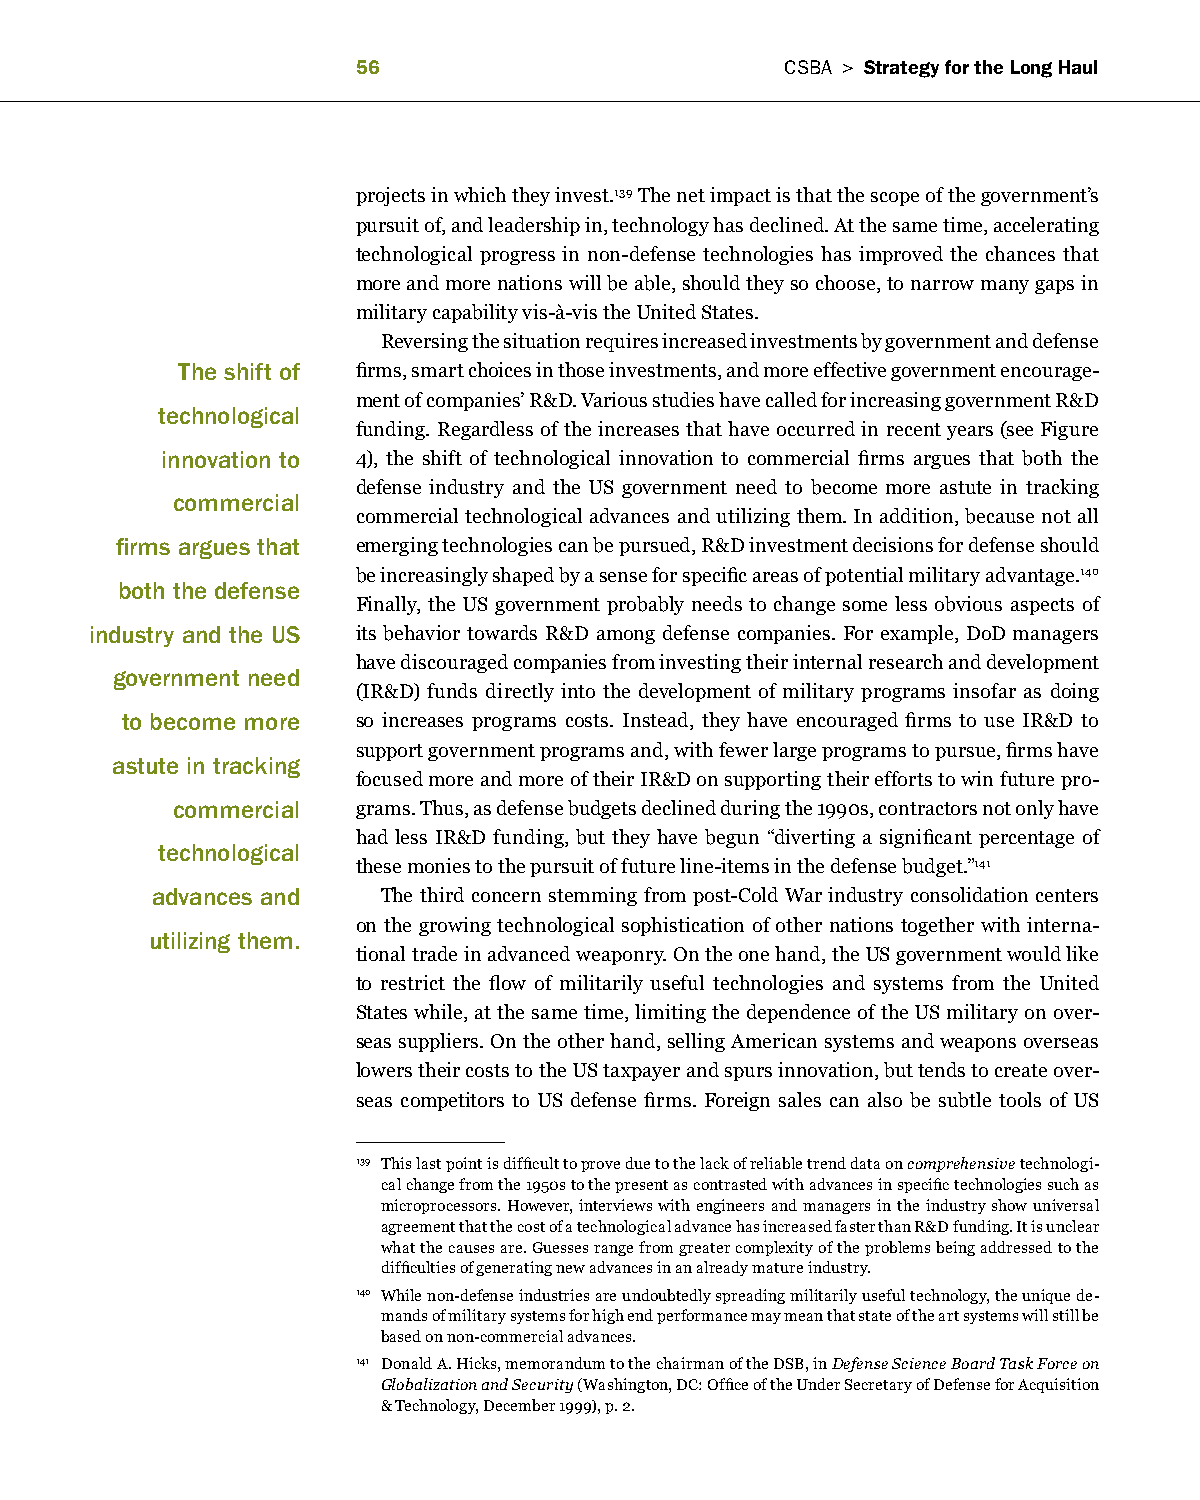
                          CSBa > Strategy for the long haul
 projects in which they invest.139 The net impact is that the scope of the government’s
 pursuit of, and leadership in, technology has declined. At the same time, accelerating
 technological progress in non-defense technologies has improved the chances that
 more and more nations will be able, should they so choose, to narrow many gaps in
 military capability vis-à-vis the United States.
 Reversing the situation requires increased investments by government and defense
 The shift of firms, smart choices in those investments, and more effective government encourage-
 ment of companies’ R&D. Various studies have called for increasing government R&D
 technological
 funding. Regardless of the increases that have occurred in recent years (see Figure
 innovation to 4), the shift of technological innovation to commercial firms argues that both the
 defense industry and the US government need to become more astute in tracking
 commercial
 commercial technological advances and utilizing them. In addition, because not all
 firms argues that emerging technologies can be pursued, R&D investment decisions for defense should
 be increasingly shaped by a sense for specific areas of potential military advantage.140
 both the defense
 Finally, the US government probably needs to change some less obvious aspects of
 industry and the US its behavior towards R&D among defense companies. For example, DoD managers
 have discouraged companies from investing their internal research and development
 government need
 (IR&D) funds directly into the development of military programs insofar as doing
 to become more  so increases programs costs. Instead, they have encouraged firms to use IR&D to
 support government programs and, with fewer large programs to pursue, firms have
 astute in tracking
 focused more and more of their IR&D on supporting their efforts to win future pro-
 commercial   grams. Thus, as defense budgets declined during the 1990s, contractors not only have
 had less IR&D funding, but they have begun “diverting a significant percentage of
 technological
 these monies to the pursuit of future line-items in the defense budget.”141
 advances and   The third concern stemming from post-Cold War industry consolidation centers
 on the growing technological sophistication of other nations together with interna-
 utilizing them.
 tional trade in advanced weaponry. On the one hand, the US government would like
 to restrict the flow of militarily useful technologies and systems from the United
 States while, at the same time, limiting the dependence of the US military on over-
 seas suppliers. On the other hand, selling American systems and weapons overseas
 lowers their costs to the US taxpayer and spurs innovation, but tends to create over-
 seas competitors to US defense firms. Foreign sales can also be subtle tools of US
 139 This last point is difficult to prove due to the lack of reliable trend data on comprehensive technologi-
 cal change from the 1950s to the present as contrasted with advances in specific technologies such as
 microprocessors. However, interviews with engineers and managers in the industry show universal
 agreement that the cost of a technological advance has increased faster than R&D funding. It is unclear
 what the causes are. Guesses range from greater complexity of the problems being addressed to the
 difficulties of generating new advances in an already mature industry.
 140 While non-defense industries are undoubtedly spreading militarily useful technology, the unique de-
 mands of military systems for high end performance may mean that state of the art systems will still be
 based on non-commercial advances.
 141 Donald A. Hicks, memorandum to the chairman of the DSB, in Defense Science Board Task Force on
 Globalization and Security (Washington, DC: Office of the Under Secretary of Defense for Acquisition
 & Technology, December 1999), p. 2.